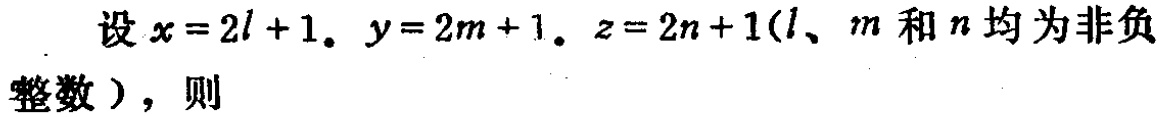
设\(x = 2l + 1\)，\(y = 2m + 1\)，\(z = 2n + 1\)（\(l\)、\(m\)和\(n\)均为非负整数），则